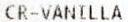
CR-VANILLA